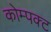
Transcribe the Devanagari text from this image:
कोम्पक्ट